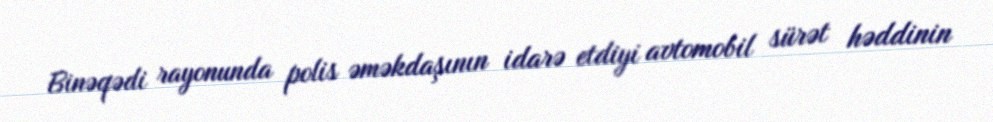
Binəqədi rayonunda polis əməkdaşının idarə etdiyi avtomobil sürət həddinin